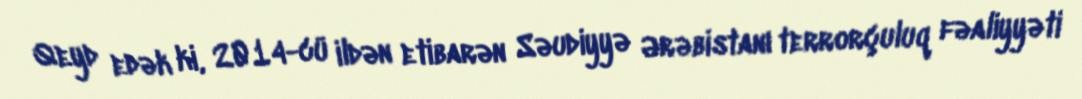
Qeyd edək ki, 2014-cü ildən etibarən Səudiyyə Ərəbistanı terrorçuluq fəaliyyəti